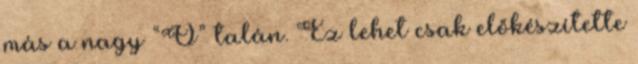
más a nagy “Ő” talán. Ez lehet csak előkészítette